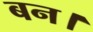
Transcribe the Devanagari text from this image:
बन।